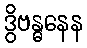
ဒွိဗန္ဓနေန